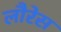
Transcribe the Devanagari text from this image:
लौरेस